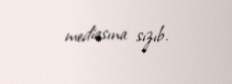
mediasına sızıb.